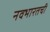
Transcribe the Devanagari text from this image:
नवभारतची